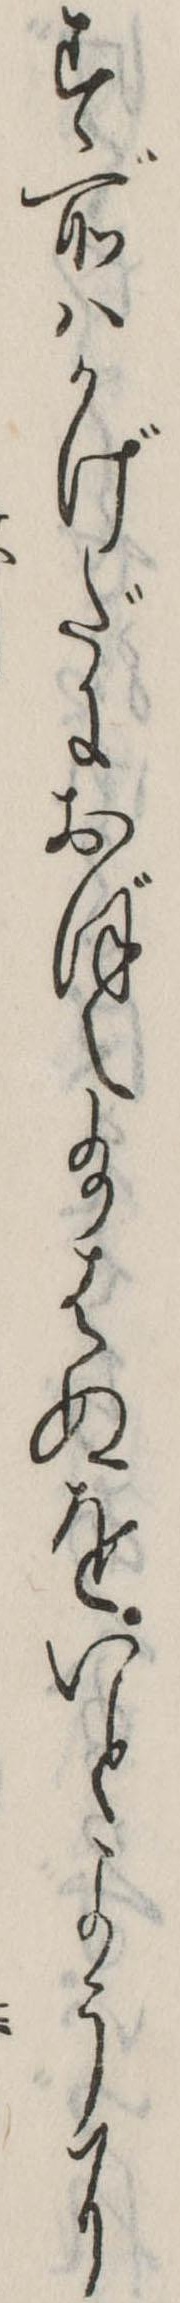
す所はかげだにおぼえ給はぬをいとように